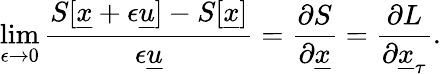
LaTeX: \operatorname*{lim}_{\epsilon\to 0}\frac{S[\underline{{x}}+\epsilon\underline{{u}}]-S[\underline{{x}}]}{\epsilon\underline{{u}}}=\frac{\partial S}{\partial\underline{{x}}}=\frac{\partial L}{\partial\underline{{x}}_{\tau}}.